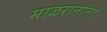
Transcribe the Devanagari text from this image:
माळरानांना